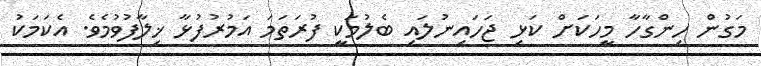
މަގުން ހިންގާހާ މީހަކަށް ކަޅި ޖަހައިނުލައި ބެލުމަކީ ފުރަތަމަ އަމުރުފުޅާ ޚިލާފުވުމެވެ. އެކަމަކު